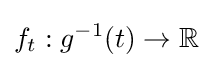
f_{t}:g^{-1}(t)\to \mathbb {R}